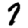
Digit: 7